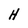
Character: H